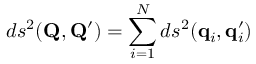
d s ^ { 2 } ( \mathbf { Q } , \mathbf { Q } ^ { \prime } ) = \sum _ { i = 1 } ^ { N } d s ^ { 2 } ( \mathbf { q } _ { i } , \mathbf { q } _ { i } ^ { \prime } )